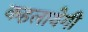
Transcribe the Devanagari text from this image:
कहलायेगी